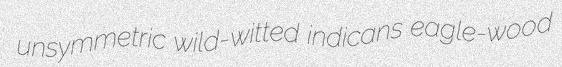
unsymmetric wild-witted indicans eagle-wood